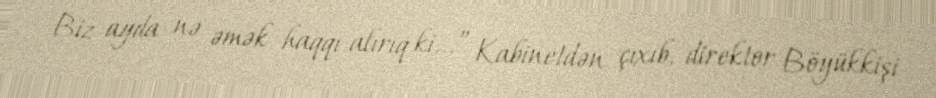
Biz ayda nə əmək haqqı alırıq ki...” Kabinetdən çıxıb, direktor Böyükkişi